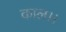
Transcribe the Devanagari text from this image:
काल।।